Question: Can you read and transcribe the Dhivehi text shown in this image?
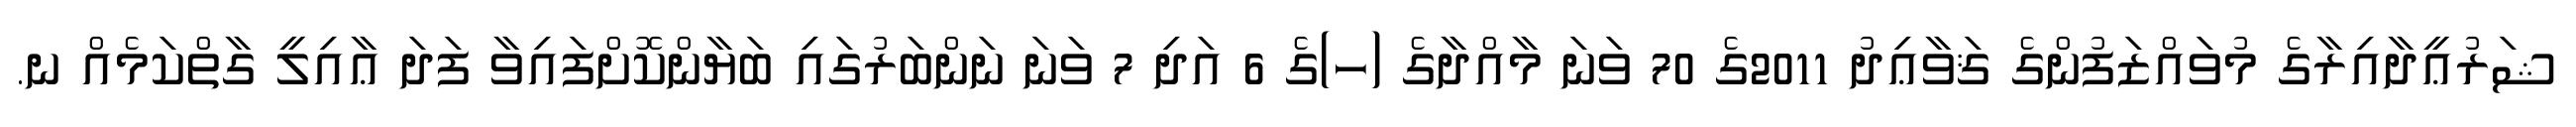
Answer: ޝަރުޢީދާއިރާގެ މުވައްޒަފުންގެ ޤަވާޢިދު 2011ގެ 70 ވަނަ މާއްދާގެ (ހ)ގެ 6 އަދި 7 ވަނަ ނަންބަރުގައި ބަޔާންކޮށްފައިވާ ފަދަ ޢާއިލީ ގާތްކަމެއް ނ.